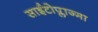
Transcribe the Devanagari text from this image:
साईटोप्लाज्मा